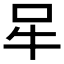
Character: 𰠧